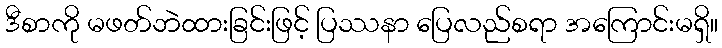
ဒီစာကို မဖတ်ဘဲထားခြင်းဖြင့် ပြဿနာ ပြေလည်စရာ အကြောင်းမရှိ။